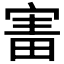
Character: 𡩐